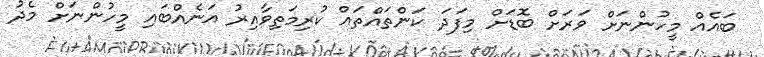
ބައެއް މީހުންނަށް ވަރަށް ބޮޑަށް މިފަދަ ކަންތައްތައް ކުރިމަތިވާއިރު އަނެއްބައި މީހުންނަށް މެދު